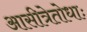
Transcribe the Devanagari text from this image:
आसीत्रेतोधाः